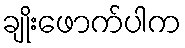
ချိုးဖောက်ပါက